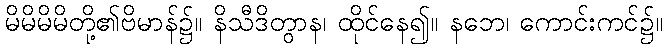
မိမိမိမိတို့၏ဗိမာန်၌။ နိသီဒိတွာန၊ ထိုင်နေ၍။ နဘေ၊ ကောင်းကင်၌။